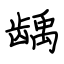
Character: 龋